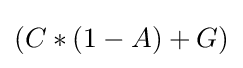
(C*(1-A)+G)